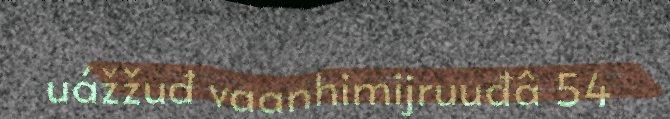
uážžuđ vaanhimijruuđâ 54